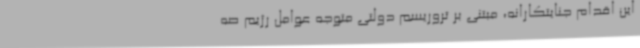
این اقدام جنایتکارانه، مبتنی بر تروریسم دولتی متوجه عوامل رژیم صه